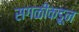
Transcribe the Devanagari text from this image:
सगळीकडून